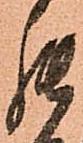
罷